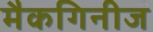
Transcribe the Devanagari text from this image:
मैकगिनीज